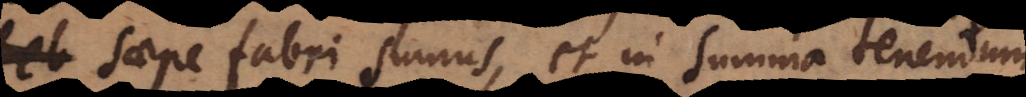
fel saepe fabri sumus, et in summa tenendum